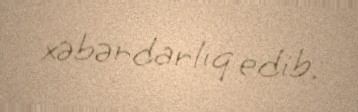
xəbərdarlıq edib.